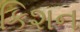
કિશન